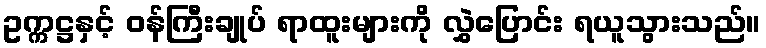
ဥက္ကဋ္ဌနှင့် ဝန်ကြီးချုပ် ရာထူးများကို လွှဲပြောင်း ရယူသွားသည်။